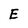
Character: E